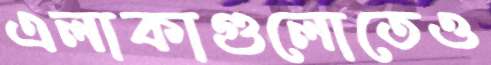
এলাকাগুলোতেও